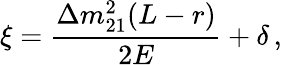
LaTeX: \xi=\frac{\Delta m_{21}^{2}(L-r)}{2E}+\delta\, ,